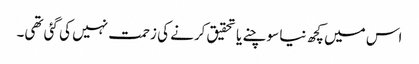
اس میں کچھ نیا سوچنے یا تحقیق کرنے کی زحمت نہیں کی گئی تھی۔